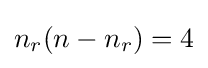
n_{r}(n-n_{r})=4